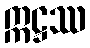
ဣဋ္ဌဿ